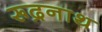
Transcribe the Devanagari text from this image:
रूद्रनाथ